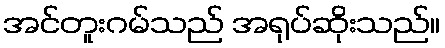
အင်တူးဂမ်သည် အရုပ်ဆိုးသည်။